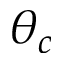
\theta _ { c }